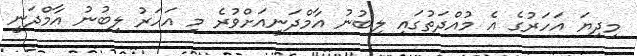
މިދިޔަ އަހަރުގެ އެ މުއްދަތުގައި ލިބުނު އާމްދަނީއަށްވުރެ މި އަހަރު ލިބުނު އާމްދަނީ